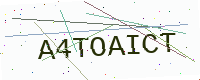
Text: A4TOAICT